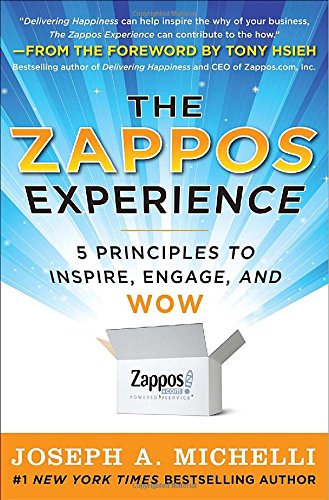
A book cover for The Zappos Experience: 5 Principles to Inspire, Engage, and WOW; Joseph Michelli; Business & Money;